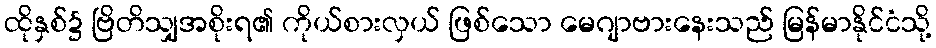
ထိုနှစ်၌ ဗြိတိသျှအစိုးရ၏ ကိုယ်စားလှယ် ဖြစ်သော မေဂျာဗားနေးသည် မြန်မာနိုင်ငံသို့